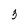
Character: 3